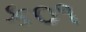
ક૦૧